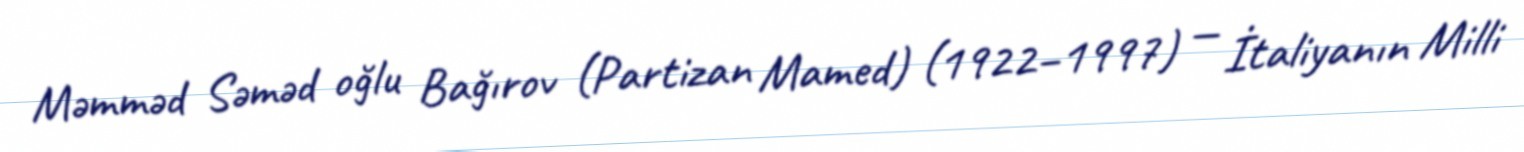
Məmməd Səməd oğlu Bağırov (Partizan Mamed) (1922–1997) — İtaliyanın Milli